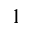
_ 1